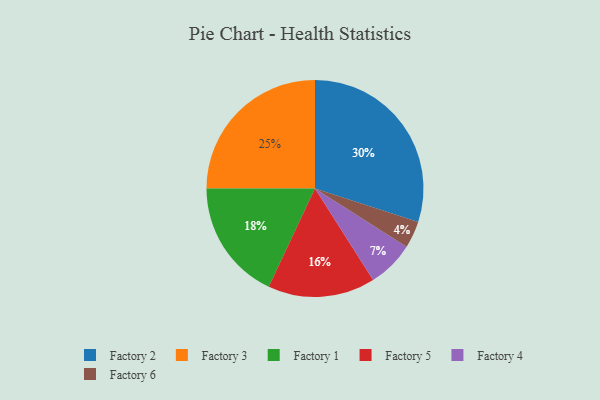
{"axis": {"x": "Category", "y": "Percentage"}, "legend": ["Factory 1", "Factory 2", "Factory 3", "Factory 4", "Factory 5", "Factory 6"], "data": [{"x": "Factory 3", "y": 25, "type": "Factory 3"}, {"x": "Factory 2", "y": 30, "type": "Factory 2"}, {"x": "Factory 1", "y": 18, "type": "Factory 1"}, {"x": "Factory 5", "y": 16, "type": "Factory 5"}, {"x": "Factory 6", "y": 4, "type": "Factory 6"}, {"x": "Factory 4", "y": 7, "type": "Factory 4"}]}